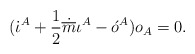
\begin{align*}(\dot{\iota}^A + \frac{1}{2}\dot{\overline{m}}\iota^A -\acute{o}^A )o_A = 0.\end{align*}